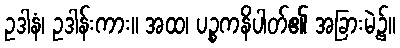
ဥဒါနံ၊ ဥဒါန်းကား။ အထ၊ ပဉ္စကနိပါတ်၏ အခြားမဲ့၌။